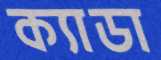
ক্যাডা